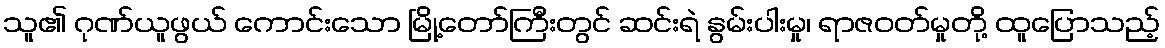
သူ၏ ဂုဏ်ယူဖွယ် ကောင်းသော မြို့တော်ကြီးတွင် ဆင်းရဲ နွမ်းပါးမှု၊ ရာဇဝတ်မှုတို့ ထူပြောသည့်